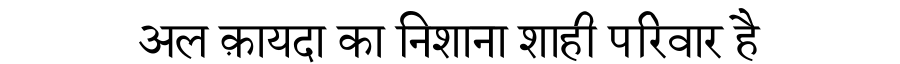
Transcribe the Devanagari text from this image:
अल क़ायदा का निशाना शाही परिवार है